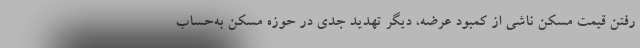
رفتن قیمت مسکن ناشی از کمبود عرضه، دیگر تهدید جدی در حوزه مسکن به‌حساب